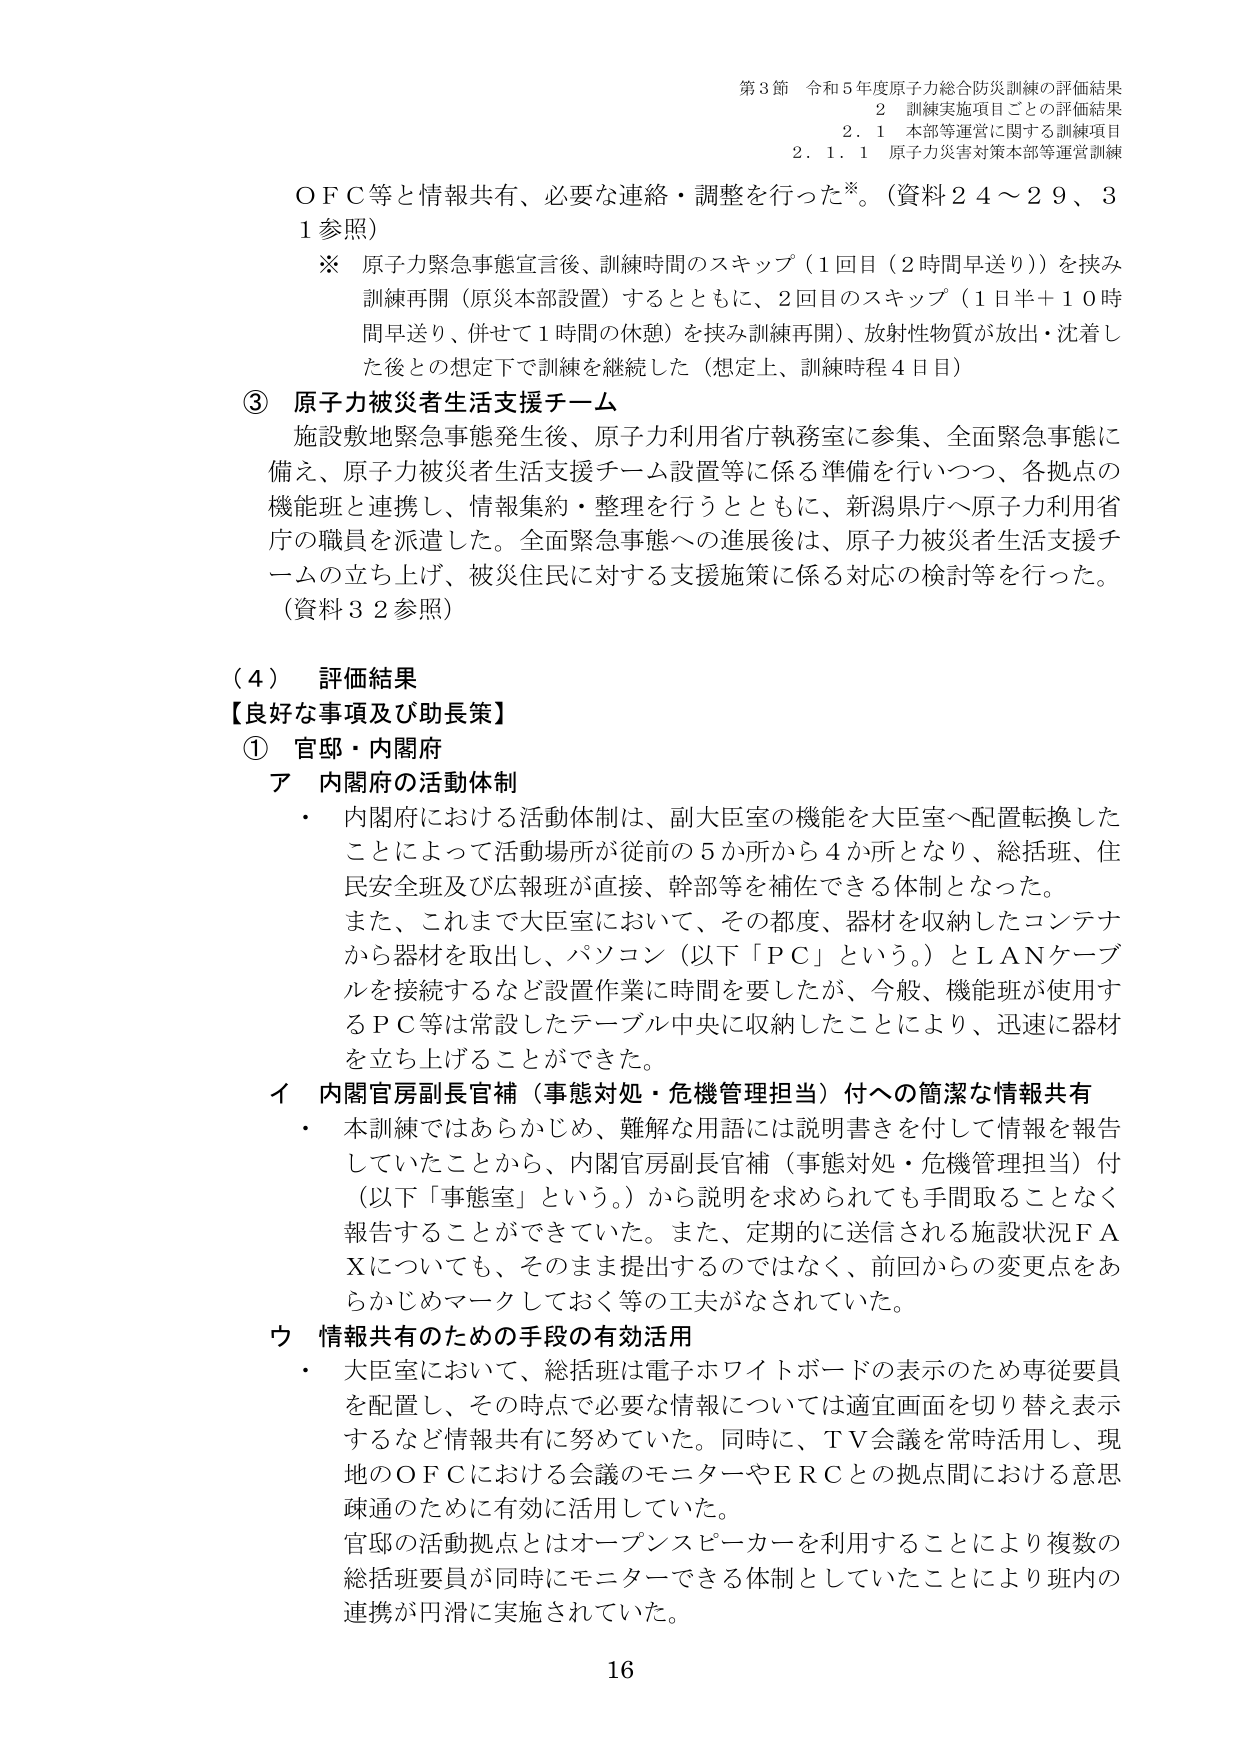
第3節 令和5年度原子力総合防災訓練の評価結果
2 訓練実施項目ごとの評価結果
2.1 本部等運営に関する訓練項目
2.1.1 原子力災害対策本部等運営訓練

ＯＦＣ等と情報共有、必要な連絡・調整を行った※。（資料24～29、31参照）
※ 原子力緊急事態宣言後、訓練時間のスキップ（1回目（2時間早送り））を挟み訓練再開（原災本部設置）するとともに、2回目のスキップ（1日半＋10時間早送り、併せて1時間の休憩）を挟み訓練再開）、放射性物質が放出・沈着した後との想定下で訓練を継続した（想定上、訓練時程4日目）

③ 原子力被災者生活支援チーム
施設敷地緊急事態発生後、原子力利用省庁執務室に参集、全面緊急事態に備え、原子力被災者生活支援チーム設置等に係る準備を行いつつ、各拠点の機能班と連携し、情報集約・整理を行うとともに、新潟県庁へ原子力利用省庁の職員を派遣した。全面緊急事態への進展後は、原子力被災者生活支援チームの立ち上げ、被災住民に対する支援施策に係る対応の検討等を行った。
（資料32参照）

（4） 評価結果
【良好な事項及び助長策】
① 官邸・内閣府
ア 内閣府の活動体制
・ 内閣府における活動体制は、副大臣室の機能を大臣室へ配置転換したことによって活動場所が従前の5か所から4か所となり、総括班、住民安全班及び広報班が直接、幹部等を補佐できる体制となった。
また、これまで大臣室において、その都度、器材を収納したコンテナから器材を取出し、パソコン（以下「ＰＣ」という。）とＬＡＮケーブルを接続するなど設置作業に時間を要したが、今般、機能班が使用するＰＣ等は常設したテーブル中央に収納したことにより、迅速に器材を立ち上げることができた。

イ 内閣官房副長官補（事態対処・危機管理担当）付への簡潔な情報共有
・ 本訓練ではあらかじめ、難解な用語には説明書きを付して情報を報告していたことから、内閣官房副長官補（事態対処・危機管理担当）付（以下「事態室」という。）から説明を求められても手間取ることなく報告することができていた。また、定期的に送信される施設状況ＦＡＸについても、そのまま提出するのではなく、前回からの変更点をあらかじめマークしておく等の工夫がなされていた。

ウ 情報共有のための手段の有効活用
・ 大臣室において、総括班は電子ホワイトボードの表示のため専従要員を配置し、その時点で必要な情報については適宜画面を切り替え表示するなど情報共有に努めていた。同時に、ＴＶ会議を常時活用し、現地のＯＦＣにおける会議のモニターやＥＲＣとの拠点間における意思疎通のために有効に活用していた。
官邸の活動拠点とはオープンスピーカーを利用することにより複数の総括班要員が同時にモニターできる体制としていたことにより班内の連携が円滑に実施されていた。

16